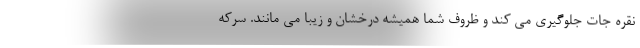
نقره جات جلوگیری می کند و ظروف شما همیشه درخشان و زیبا می مانند. سرکه